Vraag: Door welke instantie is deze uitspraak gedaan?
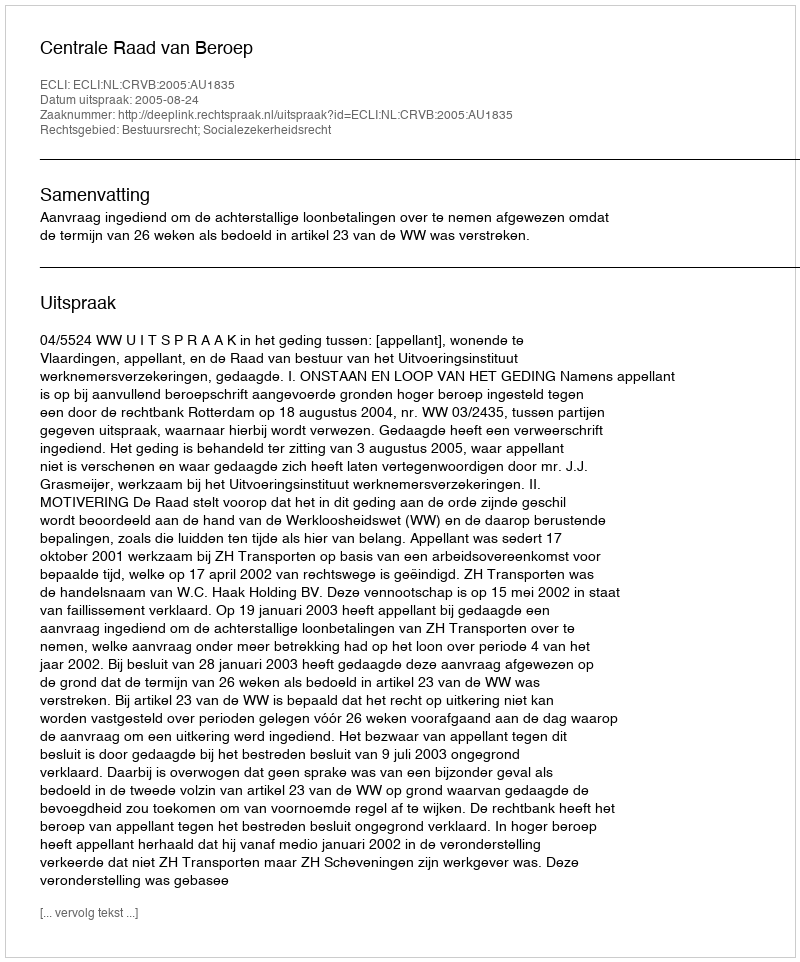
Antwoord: Centrale Raad van Beroep